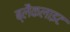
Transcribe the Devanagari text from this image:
ब्लैकलाइट